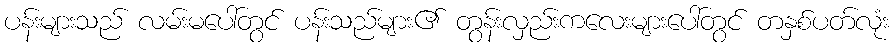
ပန်းများသည် လမ်းမပေါ်တွင် ပန်းသည်များ၏ တွန်းလှည်းကလေးများပေါ်တွင် တနှစ်ပတ်လုံး